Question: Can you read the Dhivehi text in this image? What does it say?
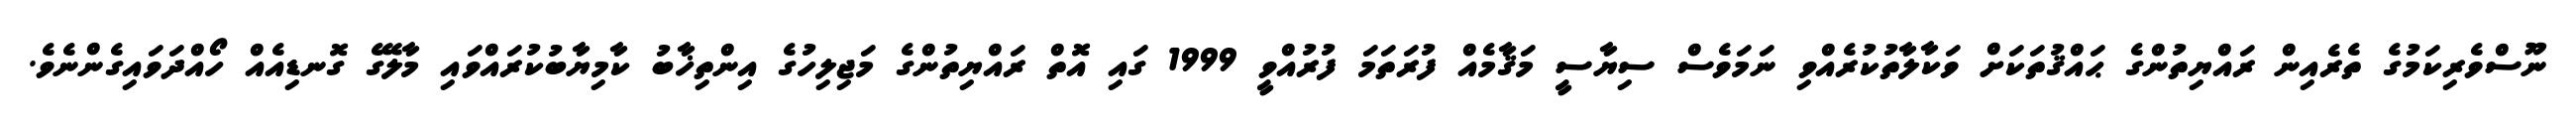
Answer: ނޫސްވެރިކަމުގެ ތެރެއިން ރައްޔިތުންގެ ޙައްޤުތަކަށް ވަކާލާތުކުރެއްވި ނަމަވެސް ސިޔާސީ މަޤާމެއް ފުރަތަމަ ފުރުއްވީ 1999 ގައި އޮތް ރައްޔިތުންގެ މަޖިލިހުގެ އިންތިޚާބު ކާމިޔާބުކުރައްވައި މާލޭގެ ގޮނޑިއެއް ހޯއްދަވައިގެންނެވެ.